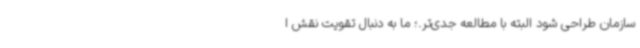
سازمان طراحی شود البته با مطالعه جدی‌تر.؛ ما به دنبال تقویت نقش ا